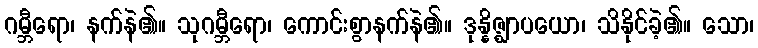
ဂမ္ဘီရော၊ နက်နဲ၏။ သုဂမ္ဘီရော၊ ကောင်းစွာနက်နဲ၏။ ဒုန္နိဇ္ဈာပယော၊ သိနိုင်ခဲ့၏။ သော၊